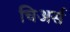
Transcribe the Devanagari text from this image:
चिअर्स